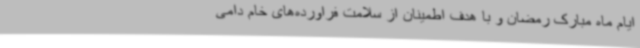
ایام ماه مبارک رمضان و با هدف اطمینان از سلامت فراورده‌های خام دامی